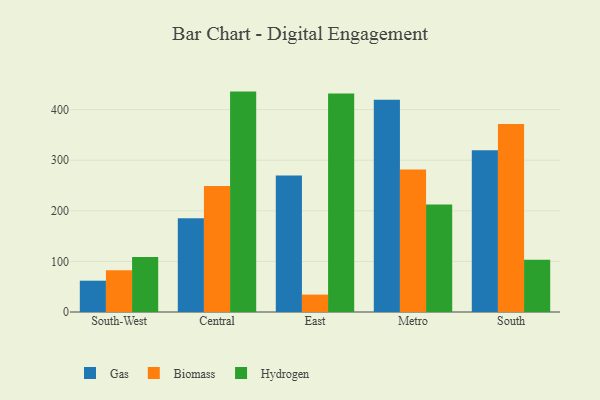
{"axis": {"x": "Region", "y": "Active Users"}, "legend": ["Biomass", "Gas", "Hydrogen"], "data": [{"x": "South-West", "y": 61.9, "type": "Gas"}, {"x": "South-West", "y": 82.5, "type": "Biomass"}, {"x": "South-West", "y": 108.8, "type": "Hydrogen"}, {"x": "Central", "y": 185.4, "type": "Gas"}, {"x": "Central", "y": 248.9, "type": "Biomass"}, {"x": "Central", "y": 435.6, "type": "Hydrogen"}, {"x": "East", "y": 269.8, "type": "Gas"}, {"x": "East", "y": 34.4, "type": "Biomass"}, {"x": "East", "y": 431.6, "type": "Hydrogen"}, {"x": "Metro", "y": 419.7, "type": "Gas"}, {"x": "Metro", "y": 281.5, "type": "Biomass"}, {"x": "Metro", "y": 212.7, "type": "Hydrogen"}, {"x": "South", "y": 319.7, "type": "Gas"}, {"x": "South", "y": 371.7, "type": "Biomass"}, {"x": "South", "y": 103.5, "type": "Hydrogen"}]}